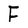
Character: F